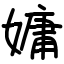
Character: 嫞